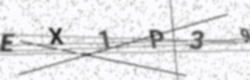
Text: EX1P39